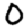
Digit: 0